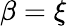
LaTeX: \beta=\xi